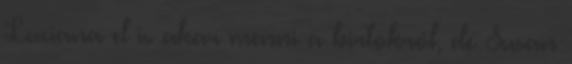
Luciana el is akar menni a birtokról, de Susan